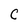
Character: C